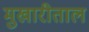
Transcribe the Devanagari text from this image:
मुखारीताल